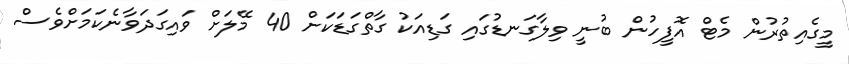
މީގެއިތުރުން މެޓް އޮފީހުން ބުނީ ވިލާގަނޑުގައި ގަޑިއަކު ގާތްގަޑަކަށް 40 މޭލަށް ވައިގަދަވާނެކަމަށްވެސް